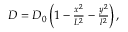
\begin{array} { r } { D = D _ { 0 } \left( 1 - \frac { x ^ { 2 } } { L ^ { 2 } } - \frac { y ^ { 2 } } { l ^ { 2 } } \right) , } \end{array}